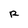
Character: R